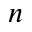
n